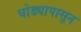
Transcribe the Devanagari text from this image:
घोड्यापासून